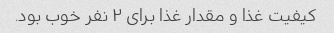
کیفیت غذا و مقدار غذا برای ۲ نفر خوب بود.